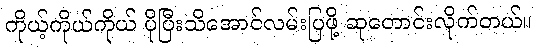
ကိုယ့်ကိုယ်ကိုယ် ပိုပြီးသိအောင်လမ်းပြဖို့ ဆုတောင်းလိုက်တယ်။